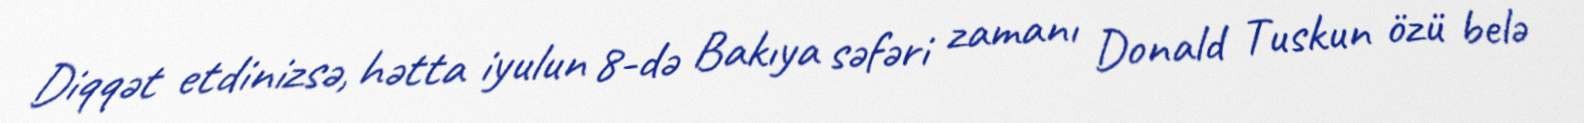
Diqqət etdinizsə, hətta iyulun 8-də Bakıya səfəri zamanı Donald Tuskun özü belə